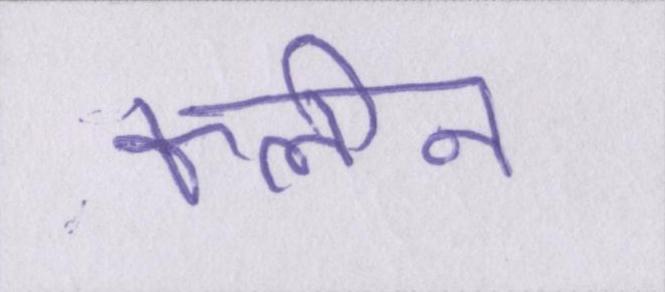
क्लीन